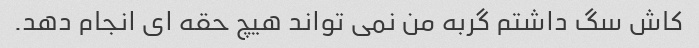
کاش سگ داشتم گربه من نمی تواند هیچ حقه ای انجام دهد.